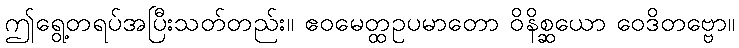
ဤရွေ့တရပ်အပြီးသတ်တည်း။ ဧဝမေတ္ထဥပမာတော ဝိနိစ္ဆယော ဝေဒိတဗ္ဗော။